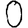
Digit: 0